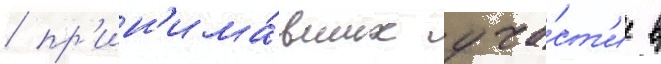
/ пр'ин'има́вших уча́ст'ие в